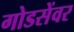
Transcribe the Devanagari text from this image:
गोडसेंवर